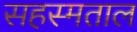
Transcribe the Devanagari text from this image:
सहस्मताल